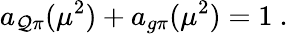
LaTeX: a_{\mathcal{Q}\pi}(\mu^{2})+a_{g\pi}(\mu^{2})=1\mathrm{{\ .}}